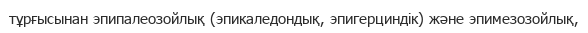
тұрғысынан эпипалеозойлық (эпикаледондық, эпигерциндік) және эпимезозойлық,